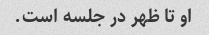
او تا ظهر در جلسه است.